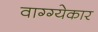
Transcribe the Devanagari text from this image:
वाग्ग्येकार